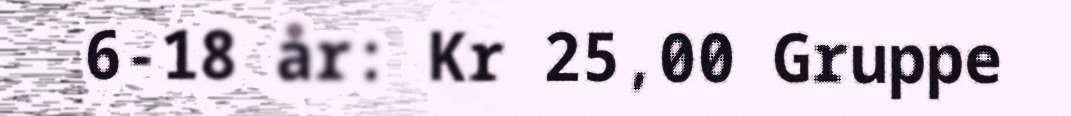
6-18 år: Kr 25,00 Gruppe